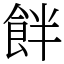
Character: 䬳